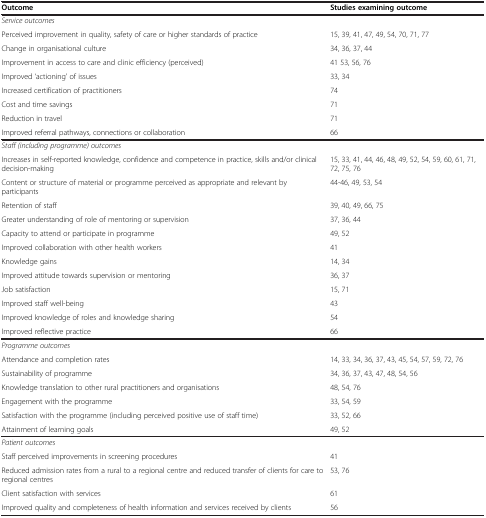
<table><thead><tr><td><b>Outcome</b></td><td><b>Studies examining outcome</b></td></tr></thead><tbody><tr><td><i>Service outcomes</i></td><td> </td></tr><tr><td>Perceived improvement in quality, safety of care or higher standards of practice</td><td>15, 39, 41, 47, 49, 54, 70, 71, 77</td></tr><tr><td>Change in organisational culture</td><td>34, 36, 37, 44</td></tr><tr><td>Improvement in access to care and clinic efficiency (perceived)</td><td>41 53, 56, 76</td></tr><tr><td>Improved ‘actioning’ of issues</td><td>33, 34</td></tr><tr><td>Increased certification of practitioners</td><td>74</td></tr><tr><td>Cost and time savings</td><td>71</td></tr><tr><td>Reduction in travel</td><td>71</td></tr><tr><td>Improved referral pathways, connections or collaboration</td><td>66</td></tr><tr><td><i>Staff (including programme) outcomes</i></td><td> </td></tr><tr><td>Increases in self-reported knowledge, confidence and competence in practice, skills and/or clinical decision-making</td><td>15, 33, 41, 44, 46, 48, 49, 52, 54, 59, 60, 61, 71, 72, 75, 76</td></tr><tr><td>Content or structure of material or programme perceived as appropriate and relevant by participants</td><td>44-46, 49, 53, 54</td></tr><tr><td>Retention of staff</td><td>39, 40, 49, 66, 75</td></tr><tr><td>Greater understanding of role of mentoring or supervision</td><td>37, 36, 44</td></tr><tr><td>Capacity to attend or participate in programme</td><td>49, 52</td></tr><tr><td>Improved collaboration with other health workers</td><td>41</td></tr><tr><td>Knowledge gains</td><td>14, 34</td></tr><tr><td>Improved attitude towards supervision or mentoring</td><td>36, 37</td></tr><tr><td>Job satisfaction</td><td>15, 71</td></tr><tr><td>Improved staff well-being</td><td>43</td></tr><tr><td>Improved knowledge of roles and knowledge sharing</td><td>54</td></tr><tr><td>Improved reflective practice</td><td>66</td></tr><tr><td><i>Programme outcomes</i></td><td> </td></tr><tr><td>Attendance and completion rates</td><td>14, 33, 34, 36, 37, 43, 45, 54, 57, 59, 72, 76</td></tr><tr><td>Sustainability of programme</td><td>34, 36, 37, 43, 47, 48, 54, 56</td></tr><tr><td>Knowledge translation to other rural practitioners and organisations</td><td>48, 54, 76</td></tr><tr><td>Engagement with the programme</td><td>33, 54, 59</td></tr><tr><td>Satisfaction with the programme (including perceived positive use of staff time)</td><td>33, 52, 66</td></tr><tr><td>Attainment of learning goals</td><td>49, 52</td></tr><tr><td><i>Patient outcomes</i></td><td> </td></tr><tr><td>Staff perceived improvements in screening procedures</td><td>41</td></tr><tr><td>Reduced admission rates from a rural to a regional centre and reduced transfer of clients for care to regional centres</td><td>53, 76</td></tr><tr><td>Client satisfaction with services</td><td>61</td></tr><tr><td>Improved quality and completeness of health information and services received by clients</td><td>56</td></tr></tbody></table>